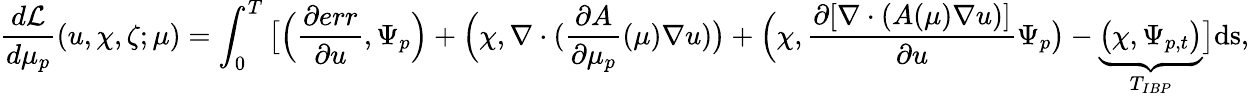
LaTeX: \frac{d\mathcal{L}}{d\mu_{p}}(u,\chi,\zeta;\mu)=\int_{0}^{T}\big[\Big(\frac{\partial err}{\partial u},\Psi_{p}\Big)+\Big(\chi,\nabla\cdot(\frac{\partial A}{\partial\mu_{p}}(\mu)\nabla u)\big)+\Big(\chi,\frac{\partial[\nabla\cdot(A(\mu)\nabla u)]}{\partial u}\Psi_{p}\big)-\underbrace{\big(\chi,\Psi_{p,t}\big)}_{T_{IBP}}\big]\textrm{ds},